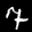
Label: 7